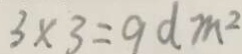
3 \times 3 = 9 d m ^ { 2 }